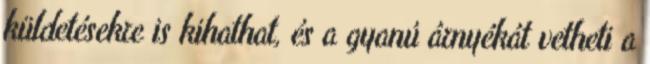
küldetésekre is kihathat, és a gyanú árnyékát vetheti a